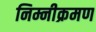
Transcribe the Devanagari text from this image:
निम्नीक्रमण